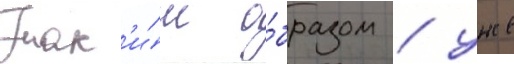
Так'и́м о́бразом / уже